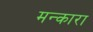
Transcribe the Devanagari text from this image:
मन्कारा